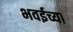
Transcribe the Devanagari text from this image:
भवईच्या